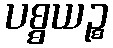
ပစ္စယဉ္စ